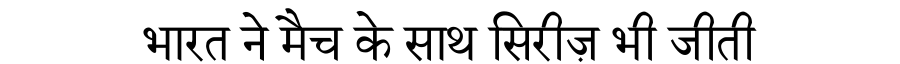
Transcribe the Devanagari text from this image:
भारत ने मैच के साथ सिरीज़ भी जीती